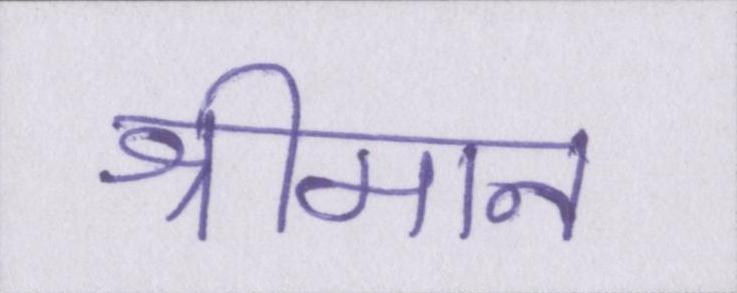
श्रीमान